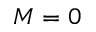
M = 0